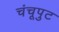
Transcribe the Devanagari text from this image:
चंचूपुट